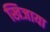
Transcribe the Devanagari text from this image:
खिजाया